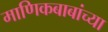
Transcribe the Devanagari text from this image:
माणिकबाबांच्या